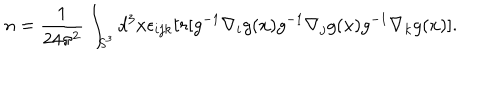
n = \frac { 1 } { 2 4 \pi ^ { 2 } } \int _ { S ^ { 3 } } d ^ { 3 } x \epsilon _ { i j k } t r [ g ^ { - 1 } \nabla _ { i } g ( x ) g ^ { - 1 } \nabla _ { j } g ( x ) g ^ { - 1 } \nabla _ { k } g ( x ) ] .